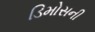
ડિમોસની